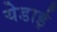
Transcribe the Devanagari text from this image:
येडाई